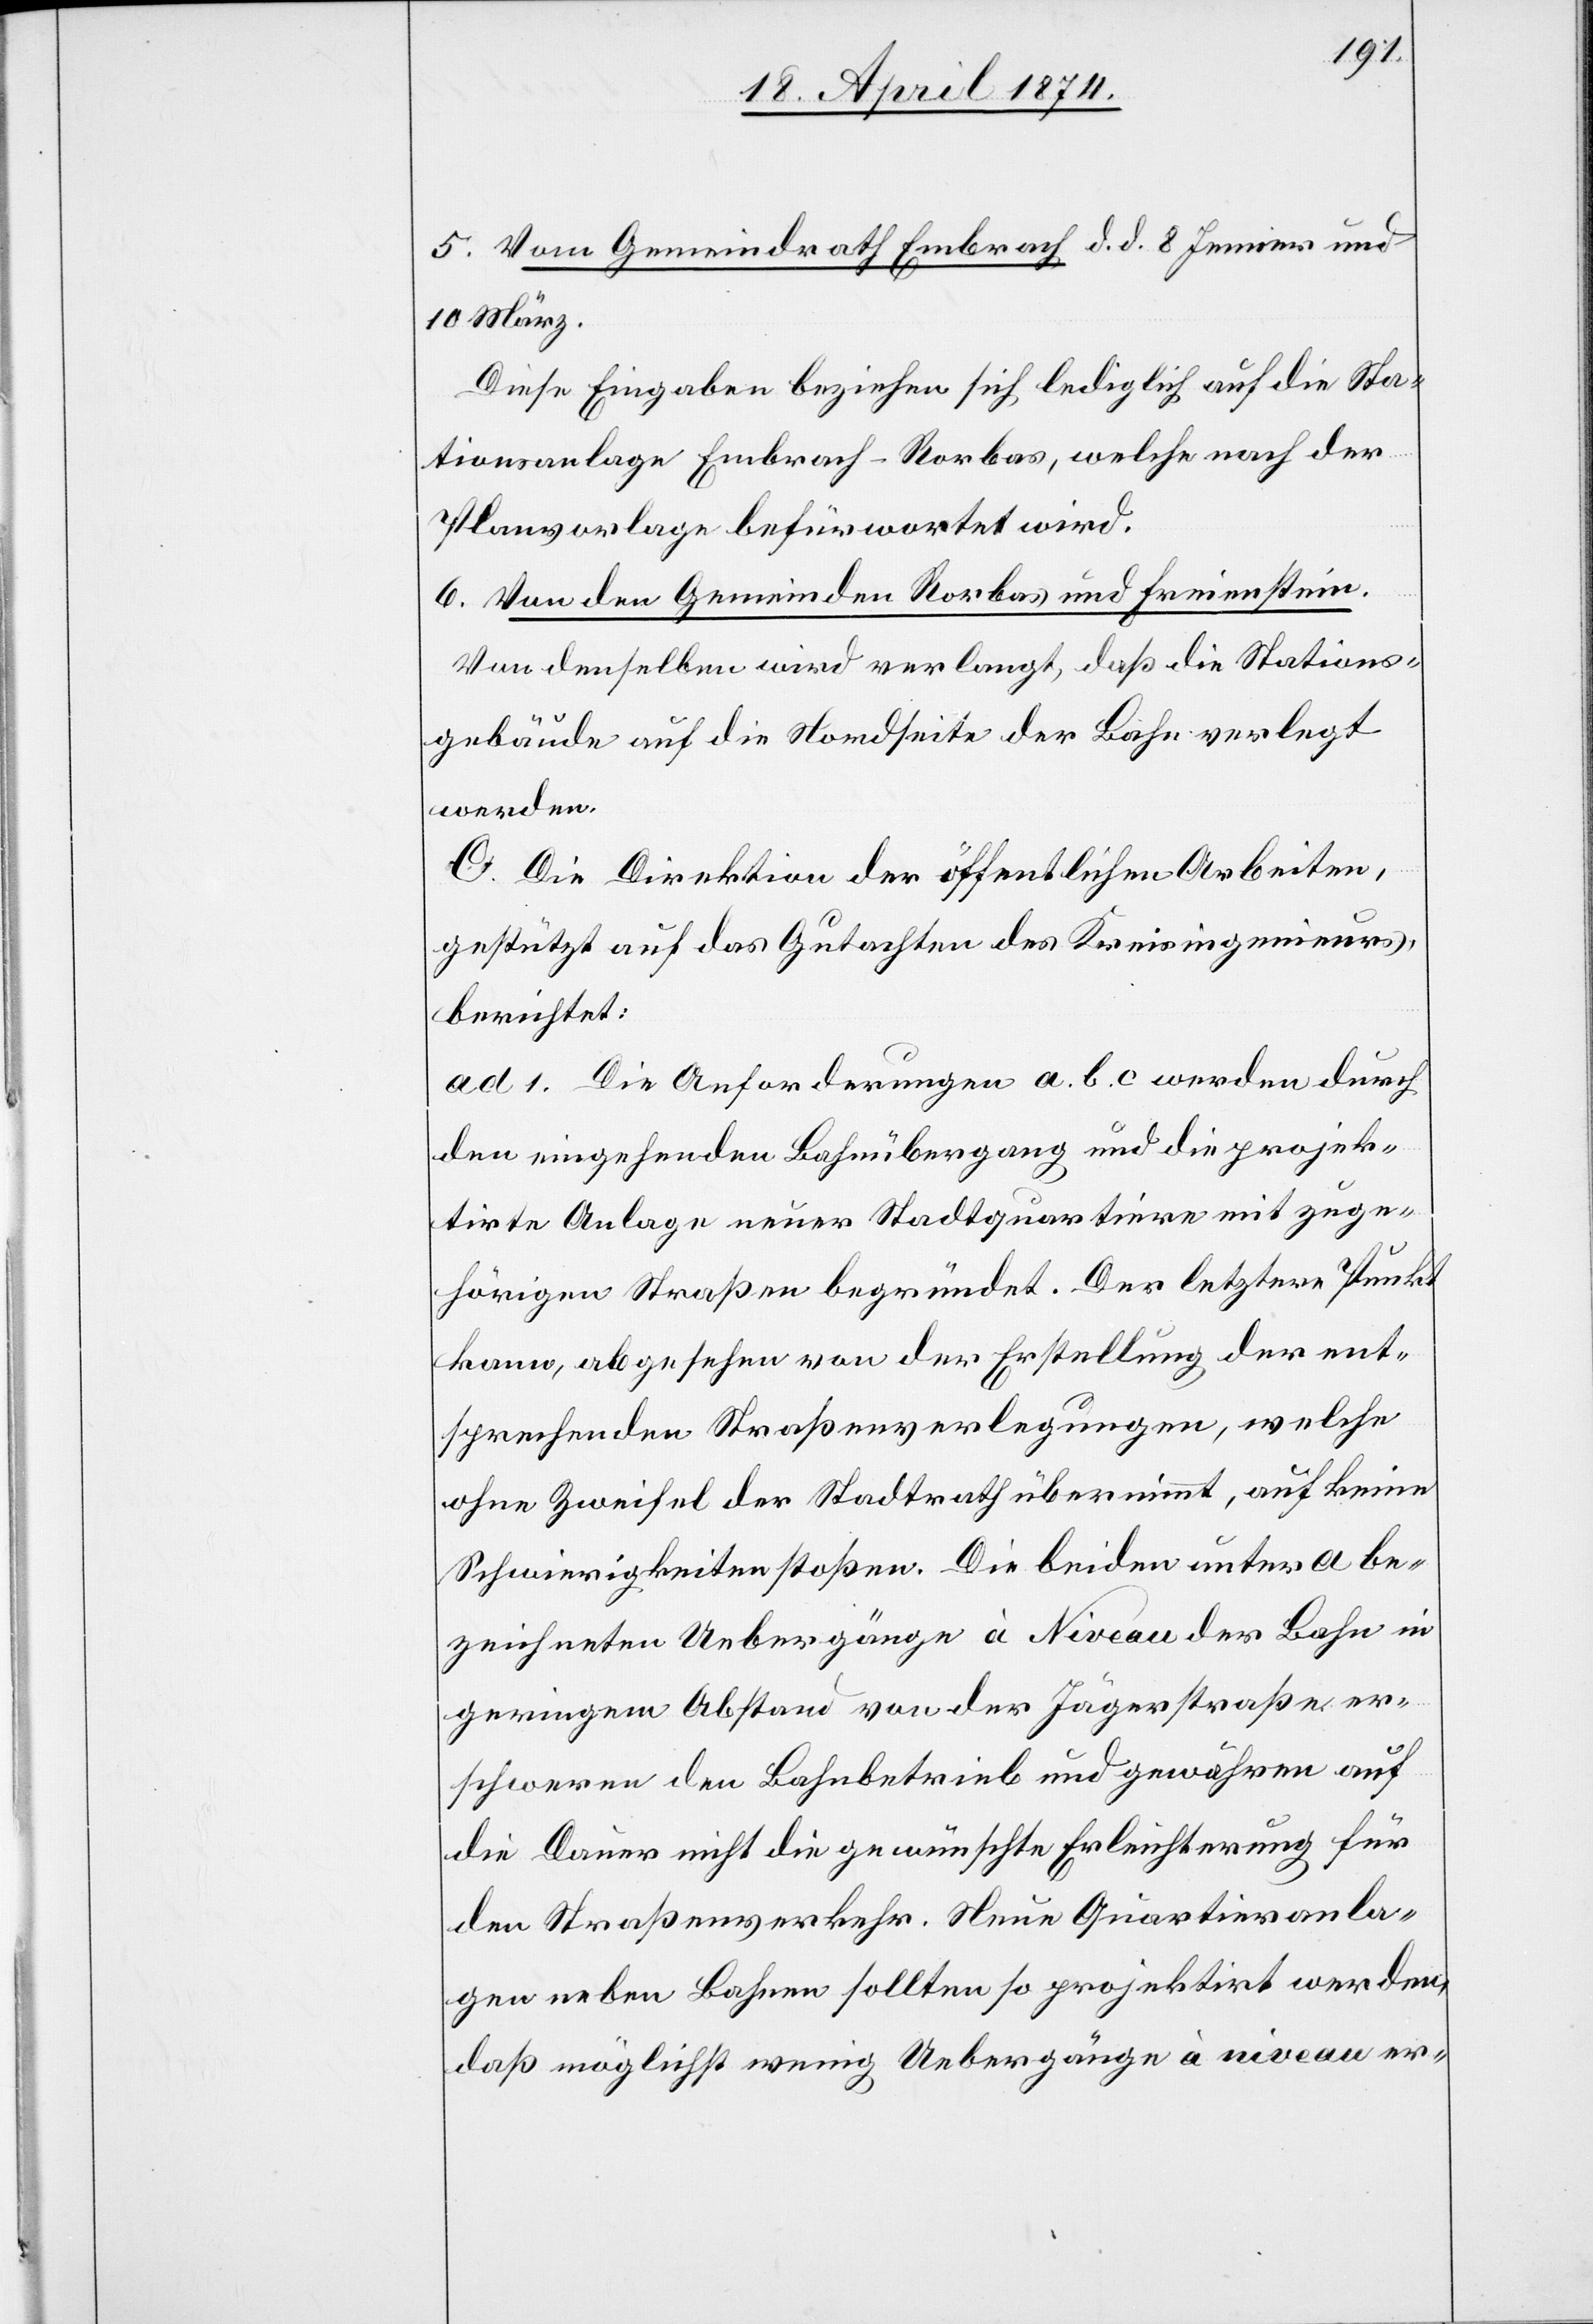
5. Vom Gemeindrath Embrach d. d. 8. Jenner und
10. März.
Diese Eingaben beziehen sich lediglich auf die Sta¬
tionsanlage Embrach-Rorbas, welche nach der
Planvorlage befürwortet wird.
6. Von den Gemeinden Rorbas und Freienstein.
Von demselben wird verlangt, daß die Stations¬
gebäude auf die Nordseite der Bahn verlegt
werden.
C. Die Direktion der öffentlichen Arbeiten,
gestützt auf das Gutachten des Kreisingenieurs,
berichtet:
ad 1. Die Anforderungen a.b.c werden durch
den eingehenden Bahnübergang und die projek¬
tirte Anlage neuer Stadtquartiere mit zuge¬
hörigen Straßen begründet. Der letztere Punkt
kann, abgesehen von der Erstellung der ent¬
sprechenden Straßenverlegungen, welche
ohne Zweifel der Stadtrath übernimmt, auf keine
Schwierigkeiten stoßen. Die beiden unter a be¬
zeichneten Uebergänge à Niveau der Bahn in
geringem Abstand von der Jägerstraße er¬
schweren den Bahnbetrieb und gewähren auf
die Dauer nicht die gewünschte Erleichterung für
den Straßenverkehr. Neue Quartieranla¬
gen neben Bahnen sollten so projektirt werden,
daß möglichst wenig Uebergänge à niveau er-